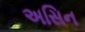
અસિન